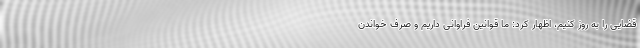
قضایی را به روز کنیم، اظهار کرد: ما قوانین فراوانی داریم و صرف خواندن